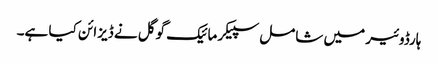
ہارڈوئیر میں شامل سپیکر مائیک گوگل نے ڈیزائن کیا ہے۔